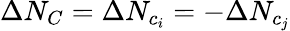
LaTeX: \Delta N_{C}=\Delta N_{c_{i}}=-\Delta N_{c_{j}}